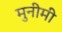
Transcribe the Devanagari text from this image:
मुनीमी